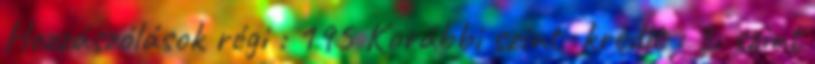
Hozzászólások régi : 195 Korábbi szint kredit : 3. szint